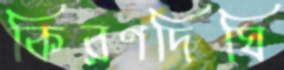
কিরণদিঘি